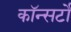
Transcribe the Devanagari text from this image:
कॉन्सर्टो